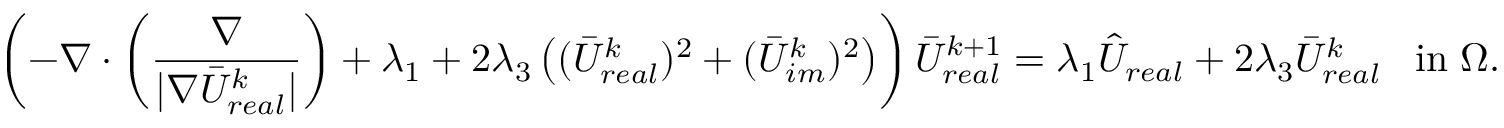
\left( - \nabla \cdot \left( \frac { \nabla } { | \nabla \bar { U } _ { r e a l } ^ { k } | } \right) + \lambda _ { 1 } + 2 \lambda _ { 3 } \left( ( \bar { U } _ { r e a l } ^ { k } ) ^ { 2 } + ( \bar { U } _ { i m } ^ { k } ) ^ { 2 } \right) \right) \bar { U } _ { r e a l } ^ { k + 1 } = \lambda _ { 1 } \hat { U } _ { r e a l } + 2 \lambda _ { 3 } \bar { U } _ { r e a l } ^ { k } \; \; \; \mathrm { i n } \; \Omega .